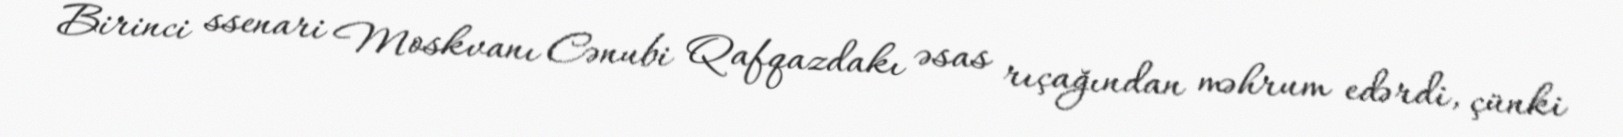
Birinci ssenari Moskvanı Cənubi Qafqazdakı əsas rıçağından məhrum edərdi, çünki